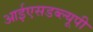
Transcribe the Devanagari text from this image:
आईएसडब्ल्यूपी